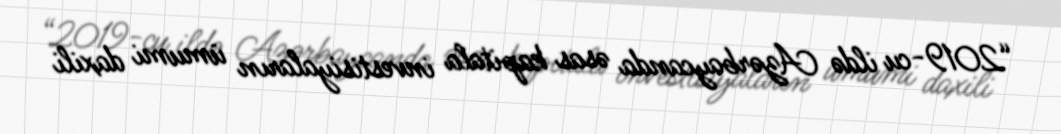
“2019-cu ildə Azərbaycanda əsas kapitala investisiyaların ümumi daxili